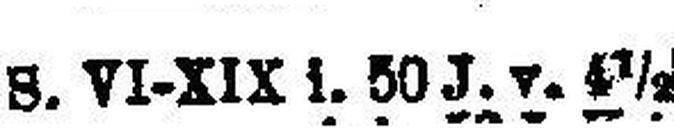
8. VI-XIX i 50 J. v. 4 ½